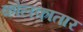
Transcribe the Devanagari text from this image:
कोलकातार